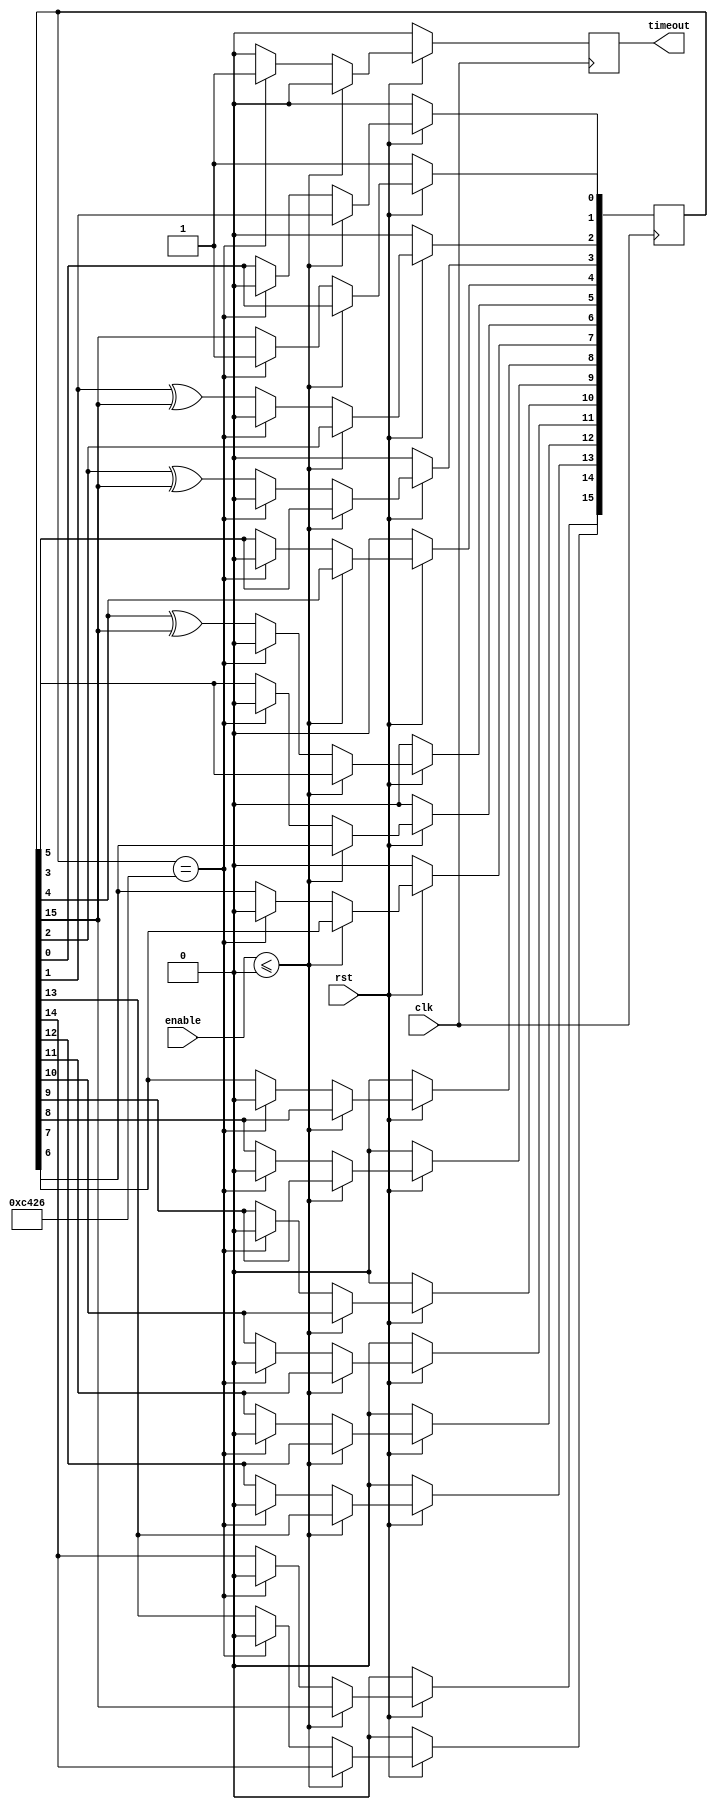
module One_ms_lfsr(clk, rst, enable,timeout);
  input clk, rst, enable;
  output timeout;
  reg timeout ;
  reg[15:0] LFSR;
  wire feedback = LFSR[15];

  always @(posedge clk)  begin
  timeout<=1'b0;

 if(rst==1'b0) begin
  LFSR <=16'd1; // no 0000 state.
  timeout<=1'b0;
 end
 else  begin
   if (enable<=1'b0) 
    timeout<=1'b0;  
   
   else begin
    if (LFSR == 16'b1100010000100110) begin //1100010000100110
     timeout<=1'b1;
     LFSR <=16'd1; 
    end 
   
   else begin
    LFSR[0] <= feedback;
    LFSR[1] <= LFSR[0];
    LFSR[2] <= LFSR[1] ^ feedback;
    LFSR[3] <= LFSR[2] ^ feedback;
    LFSR[4] <= LFSR[3];
    LFSR[5] <= LFSR[4] ^ feedback;
    LFSR[6] <= LFSR[5];
    LFSR[7] <= LFSR[6];
    LFSR[8] <= LFSR[7];
    LFSR[9] <= LFSR[8];
    LFSR[10] <= LFSR[9];
    LFSR[11] <= LFSR[10];
    LFSR[12] <= LFSR[11];
    LFSR[13] <= LFSR[12];
    LFSR[14] <= LFSR[13];
    LFSR[15] <= LFSR[14];
   end  
 end 
 end
  end

endmodule